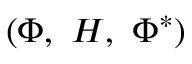
( \Phi , \, \, H , \, \, \Phi ^ { * } )